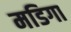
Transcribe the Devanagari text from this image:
मडिगा